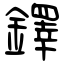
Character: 鐸